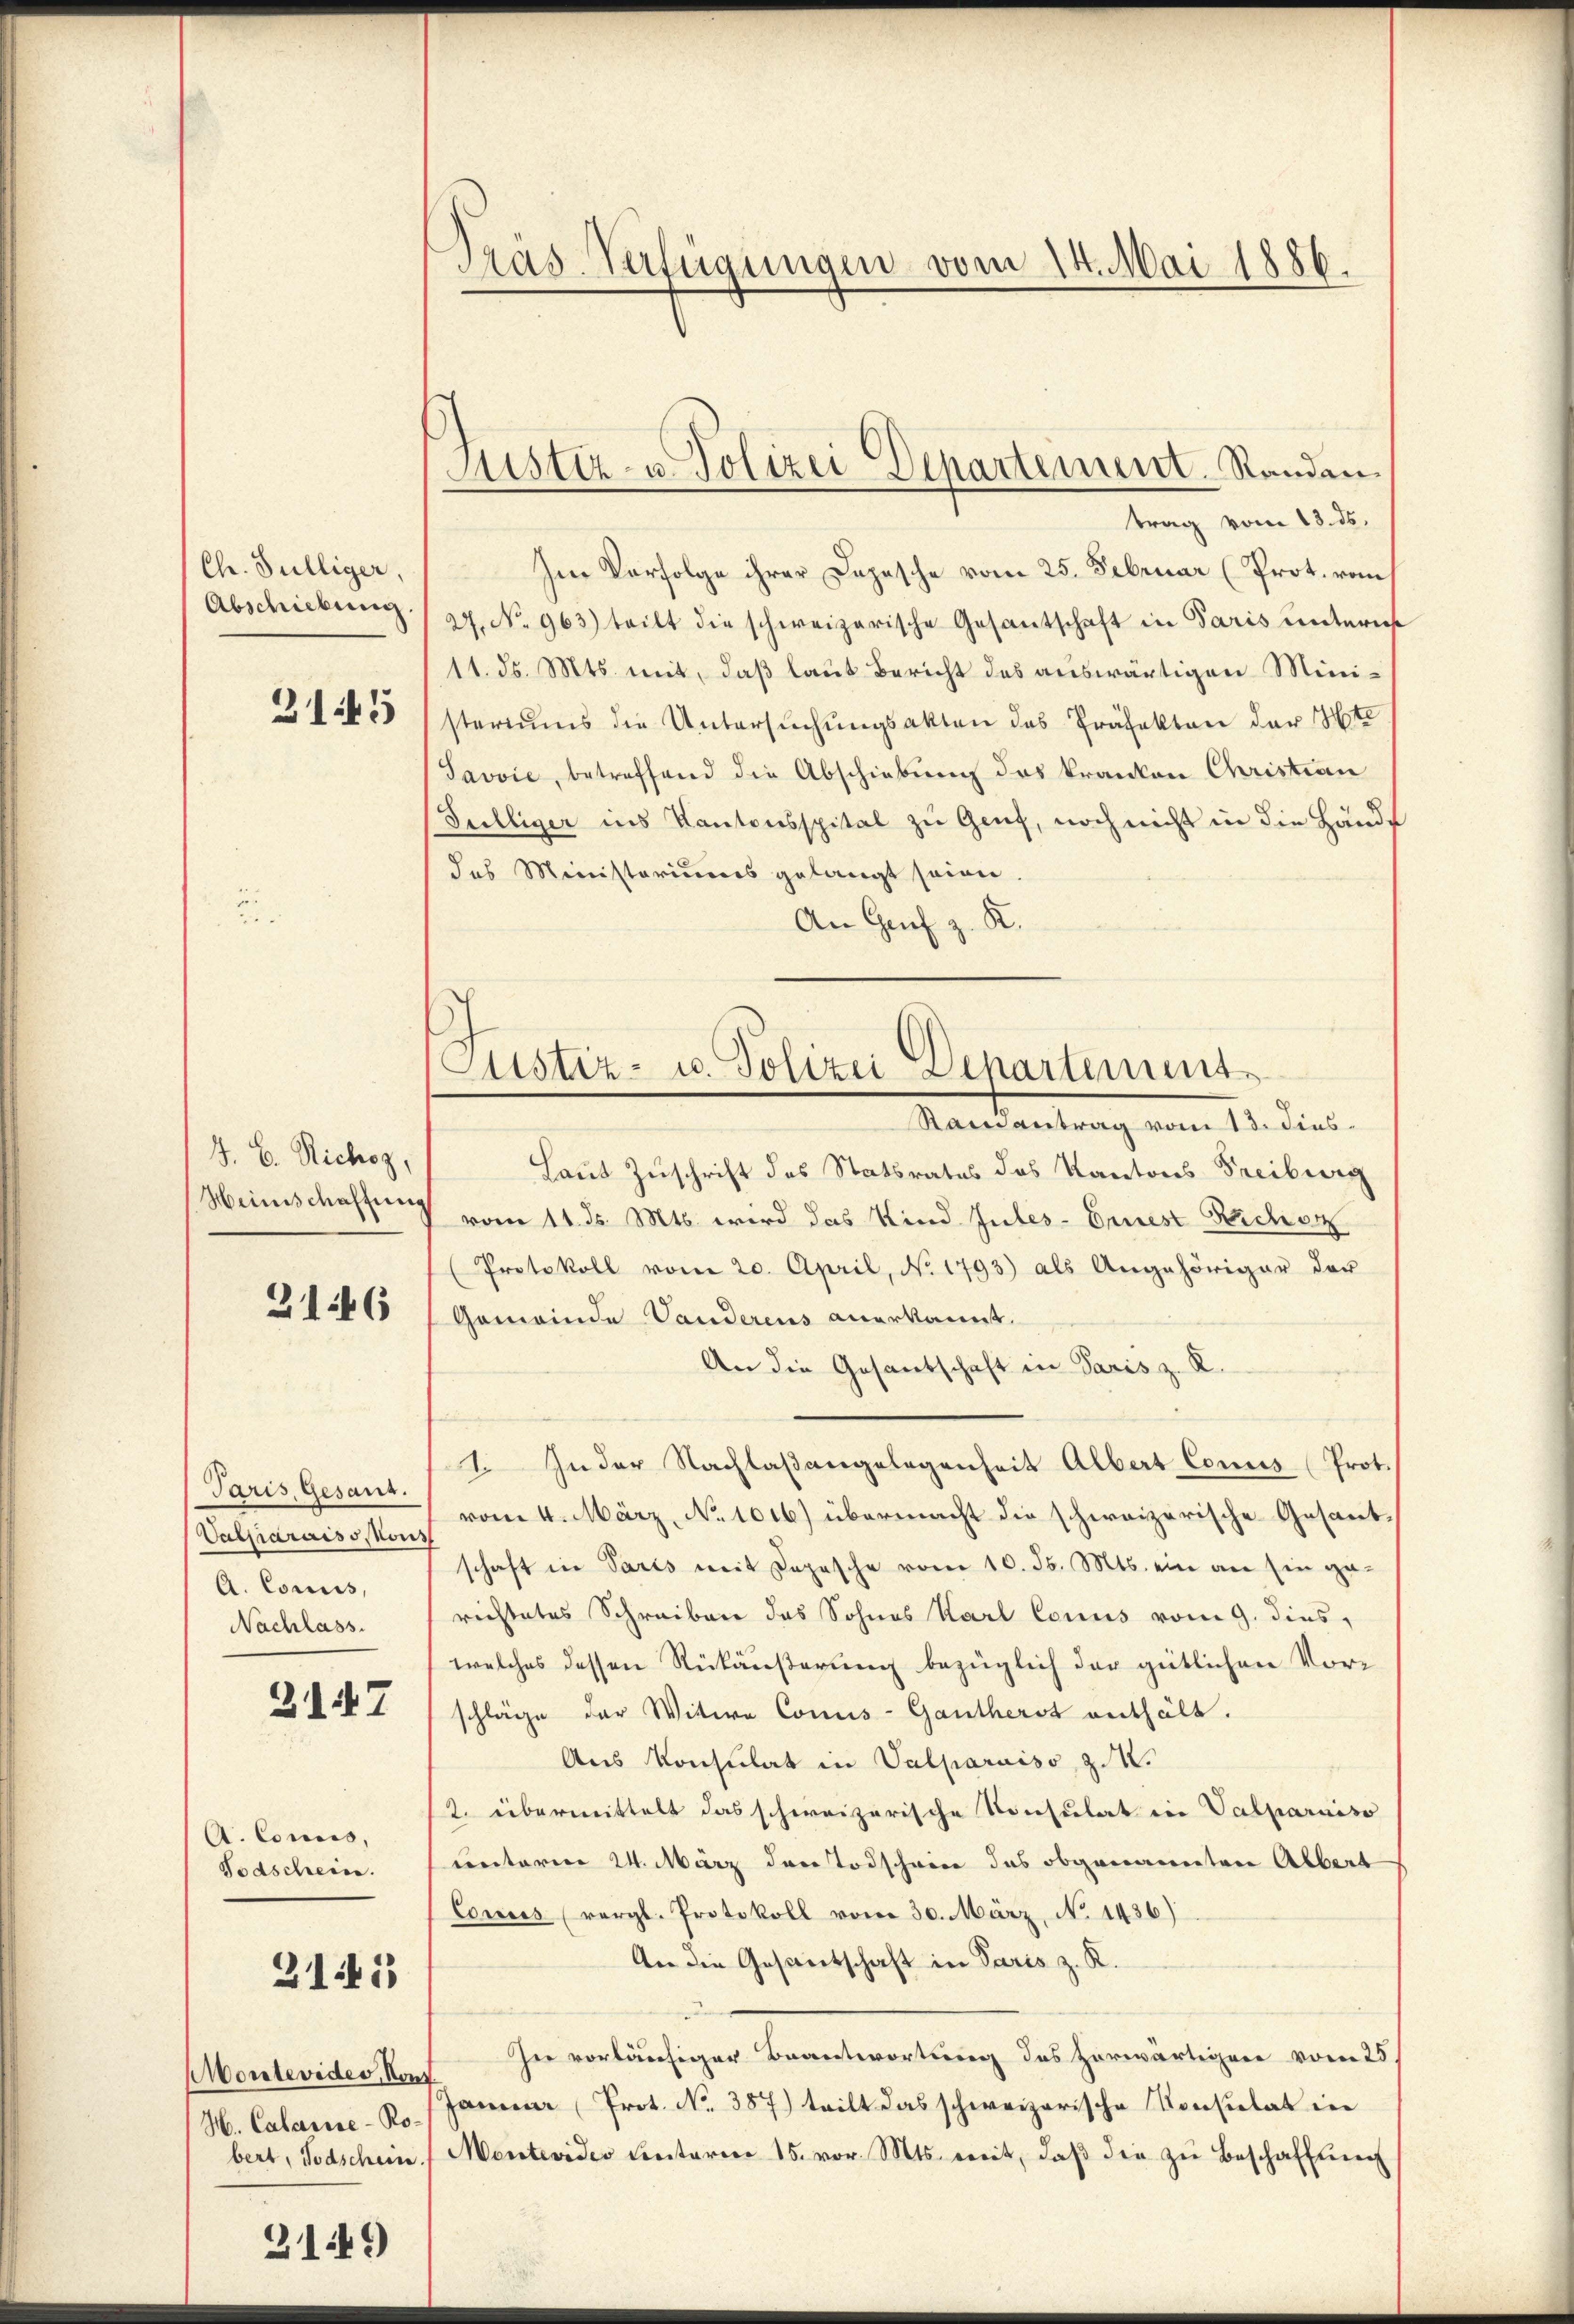
Ch. Fülliger,
Abschiebung.
2145

J. B. Richoz,
Heinschaffung

2146

Paris, Gesant.
Vatparaiss, Kons
A. Comis,
Nachlass.

2147

A. Comis,
Todschein.

2145

Montevides, von
H. Calause - Robert, Todschein.

3149

Präs. Verfügungen vom 14. Mai 1886.

Justiz- u. Polizei Departement. Randan¬

trag vom 13. ds.
Im Verfolge ihrer Dopesche vom 25. Februar (Prot. vom
4. No 963) teilt die schweizerische Gesantschaft in Paris untern
11. ds. Mts. mit, daß laut Bericht des auswärtigen Ministeriums die Untersŭchŭngsakten des Präfekten der Ste
Javvić, betreffend die Abschiebung des kranken Christian
Sulliger ins Kantonsspital zu Genf, noch nicht in die Hände
des Ministeriums gelangt seien.
An Genf z. R.

Custiz- u. Polizei Departement

Randantrag vom 13. Fins
Laut Zuschrift des Statsrates des Kantons Freiberg
vom 11. ds. Mts. wird das Kind Intes-Ernest Sicher
Protokoll vom 20. April, No. 1793) als Angehöriger der
Gemeinde Vauderens anerkannt.
An die Gesantschaft in Paris z. R.
1. In der Nachlaßangelegenheit Albert Conis (Prot.
vom 4. März, No 1016) übermacht die schweizerische Gesantschaft in Paris mit Depesche vom 10. d. Mts. ein an Ein gerechtetes Schreiben das Sohnes Karl Conus vom 9. dies,
welches dessen Rückäußerung bezüglich der gütlichen Vorschläge der Witwe Concis-Gantherst enthält.
Aus Konsulat in Valparuiso 24.
2. übermittelt das schweizerische Konsulat in Vasparniso
unterm 24. März das Todschwere das obgenannten Albert
Corres (vergl. Protokoll vom 30. März, No 1436)
An die Gesandtschaft in Paris z. R.
Hee vorläufiger Branterorts das Horwärtigere vom 25
Jamar (Prot. No. 387) teilt das schweizerische Konsulat in
Montevides Centarier 15. vor. Mts. weit, daβ die zu Beschaffung